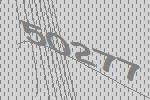
50277